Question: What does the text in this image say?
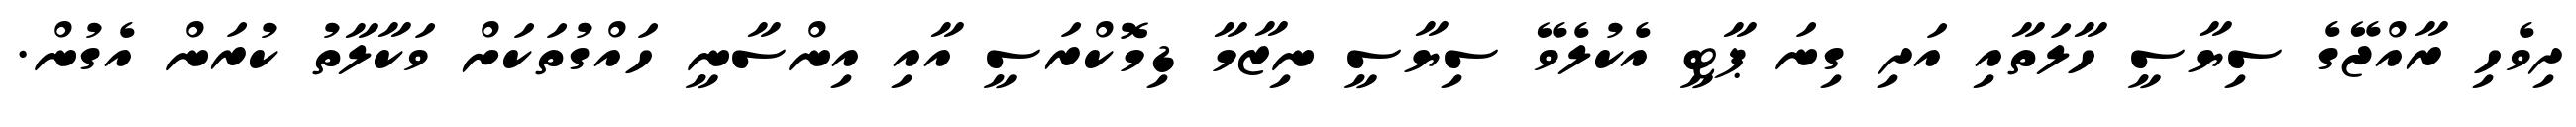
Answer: ދިވެހި ރާއްޖޭގެ ސިޔާސީ ހާލަތާއި އަދި ގިނަ ޕާޓީ އެކުލެވޭ ސިޔާސީ ނިޒާމާ ޑިމޮކްރަސީ އާއި އިންސާނީ ހައްގުތަކަށް ވަކާލާތު ކުރަން އެގުން.